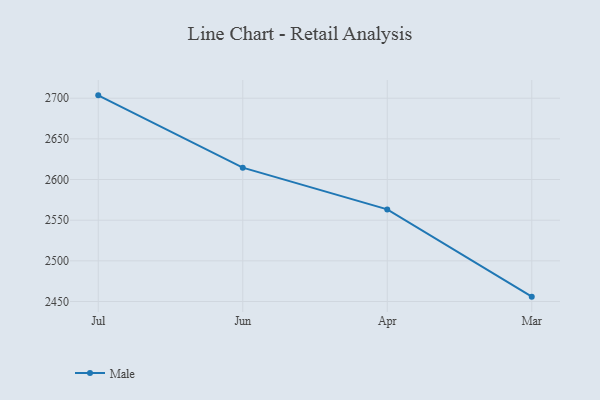
{"axis": {"x": "Month", "y": "Waste Production (Tons)"}, "legend": ["Male"], "data": [{"x": "Jul", "y": 2703.5, "type": "Male"}, {"x": "Jun", "y": 2614.6, "type": "Male"}, {"x": "Apr", "y": 2563.3, "type": "Male"}, {"x": "Mar", "y": 2456.0, "type": "Male"}]}